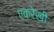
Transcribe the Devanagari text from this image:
एकरेखी